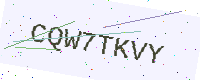
Text: CQW7TKVY